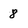
Character: 8